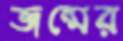
জন্মের